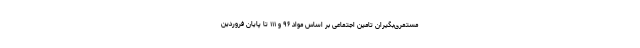
مستمری‌بگیران تامین اجتماعی بر اساس مواد ۹۶ و ۱۱۱ تا پایان فروردین